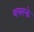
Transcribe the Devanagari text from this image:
वयस्के